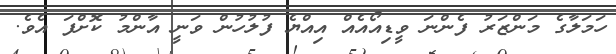
ހަމަލާގެ މަންޒަރު ފެންނަ ވީޑިއޯއެއް އިއްޔެ ފުލުހުން ވަނީ އާންމު ކޮށްފަ އެވެ.